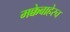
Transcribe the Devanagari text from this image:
मक्केबाहेरच